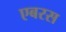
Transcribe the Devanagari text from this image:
एबरस